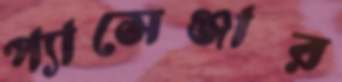
প্যাসেঞ্জার